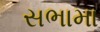
સભામા